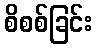
စိစစ်ခြင်း